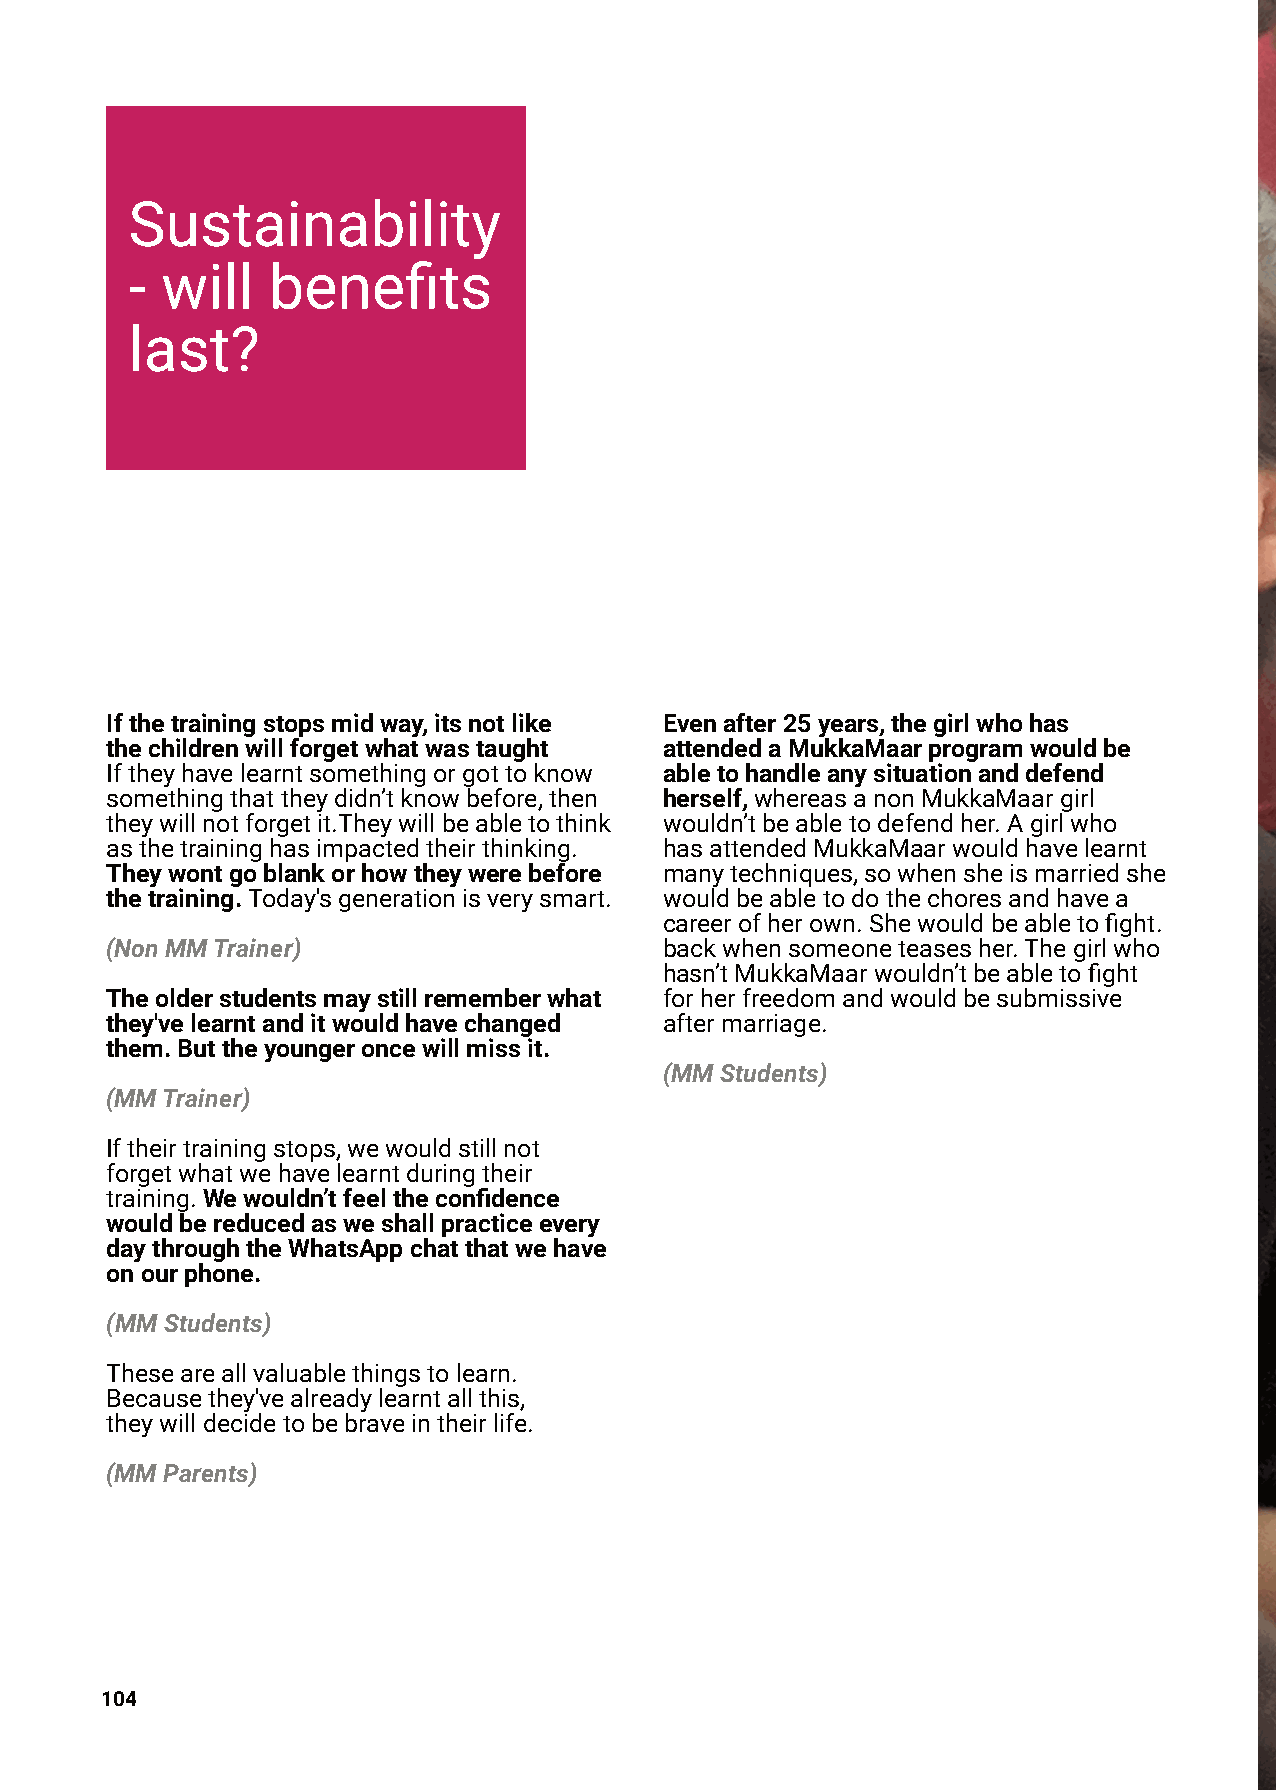
Sustainability
 - will   benefits
 last?
 Ifthetrainingstopsmidway,itsnotlike  Evenafter25years,thegirlwhohas
 thechildrenwillforgetwhatwastaught   attendedaMukkaMaarprogramwouldbe
 Iftheyhavelearntsomethingorgottoknow abletohandleanysituationanddefend
 somethingthattheydidn’tknowbefore,then herself,whereasanonMukkaMaargirl
 theywillnotforgetit.Theywillbeabletothink wouldn’tbeabletodefendher.Agirlwho
 asthetraininghasimpactedtheirthinking. hasattendedMukkaMaarwouldhavelearnt
 Theywontgoblankorhowtheywerebefore   manytechniques,sowhensheismarriedshe
 thetraining.Today'sgenerationisverysmart. wouldbeabletodothechoresandhavea
 careerofherown.Shewouldbeabletofight.
 (NonMMTrainer)                       backwhensomeoneteasesher.Thegirlwho
 hasn’tMukkaMaarwouldn’tbeabletofight
 Theolderstudentsmaystillrememberwhat forherfreedomandwouldbesubmissive
 they'velearntanditwouldhavechanged   aftermarriage.
 them.Buttheyoungeroncewillmissit.
 (MMStudents)
 (MMTrainer)
 Iftheirtrainingstops,wewouldstillnot
 forgetwhatwehavelearntduringtheir
 training.Wewouldn’tfeeltheconfidence
 wouldbereducedasweshallpracticeevery
 daythroughtheWhatsAppchatthatwehave
 onourphone.
 (MMStudents)
 Theseareallvaluablethingstolearn.
 Becausethey'vealreadylearntallthis,
 theywilldecidetobebraveintheirlife.
 (MMParents)
 104